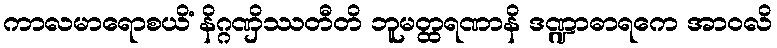
ကာလမာရောစယိံ နိဂ္ဂဏှိဿတီတိ ဘူမတ္ထရဏာနိ ဒဏ္ဍာဓာရကေ အာဝလိ